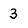
Character: 3